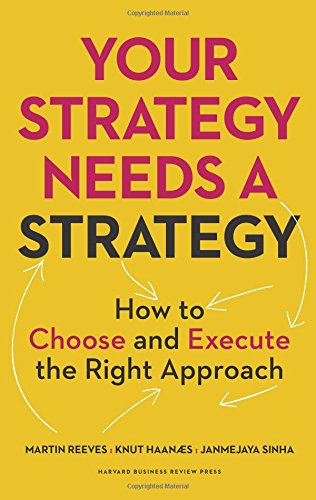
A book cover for Your Strategy Needs a Strategy: How to Choose and Execute the Right Approach; Martin Reeves; Business & Money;